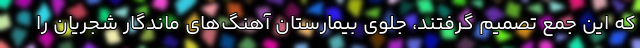
که این جمع تصمیم گرفتند، جلوی بیمارستان آهنگ‌های ماندگار شجریان را